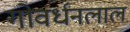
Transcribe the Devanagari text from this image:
गोवर्धनलाल